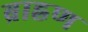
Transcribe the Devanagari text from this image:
ब्राह्रण